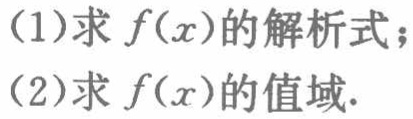
(1)求 \(f(x)\) 的解析式；

(2)求 \(f(x)\) 的值域.